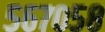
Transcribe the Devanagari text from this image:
५६७०५८